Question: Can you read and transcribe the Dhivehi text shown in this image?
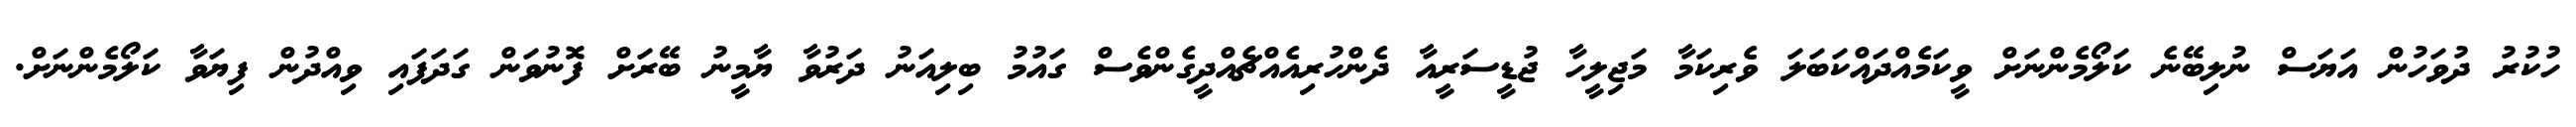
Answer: ހުކުރު ދުވަހުން އަޔަސް ނުލިބޭނެ ކަލޯމެންނަށް ވީކަމެއްދައްކަބަލަ ވެރިކަމާ މަޖިލީހާ ޖުޑީސަރީއާ ދެންހުރިއެއްޗެއްދީގެންވެސް ގައުމު ބިލިއަނު ދަރުވާ ޔާމީނު ބޭރަށް ފޮނުވަން ގަދަފައި ވިއްދުން ފިޔަވާ ކަލޯމެންނަށް.